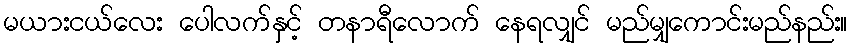
မယားငယ်လေး ပေါလက်နှင့် တနာရီလောက် နေရလျှင် မည်မျှကောင်းမည်နည်း။